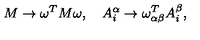
M \rightarrow \omega ^ { T } M \omega , \quad A _ { i } ^ { \alpha } \rightarrow \omega _ { \alpha \beta } ^ { T } A _ { i } ^ { \beta } ,